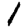
Digit: 1